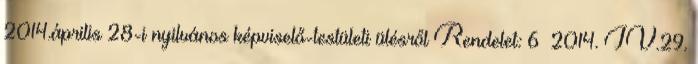
2014.április 28-i nyilvános képviselő-testületi ülésről Rendelet: 6 2014. IV.29.